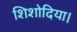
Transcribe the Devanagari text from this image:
शिशोदिया।